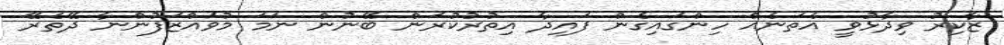
ޒާކިރު ވިދާޅުވީ އެތަނެއް ހިންގައިގެން ފައިދާ އިތުރުކުރަން ބޭނުން ނަމަ މުވައްޒަފުންނާ ދޭތެރޭ